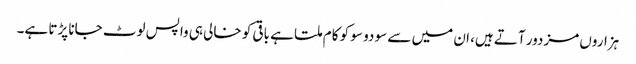
ہزاروں مزدور آتے ہیں، ان میں سے سو دو سو کو کام ملتا ہے باقی کو خالی ہی واپس لوٹ جانا پڑتا ہے۔